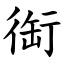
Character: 䘖